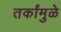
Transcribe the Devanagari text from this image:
तर्कांमुळे